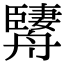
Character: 𦪱